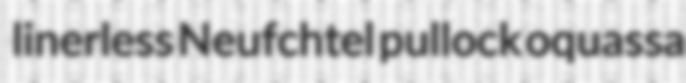
linerless Neufchtel pullock oquassa